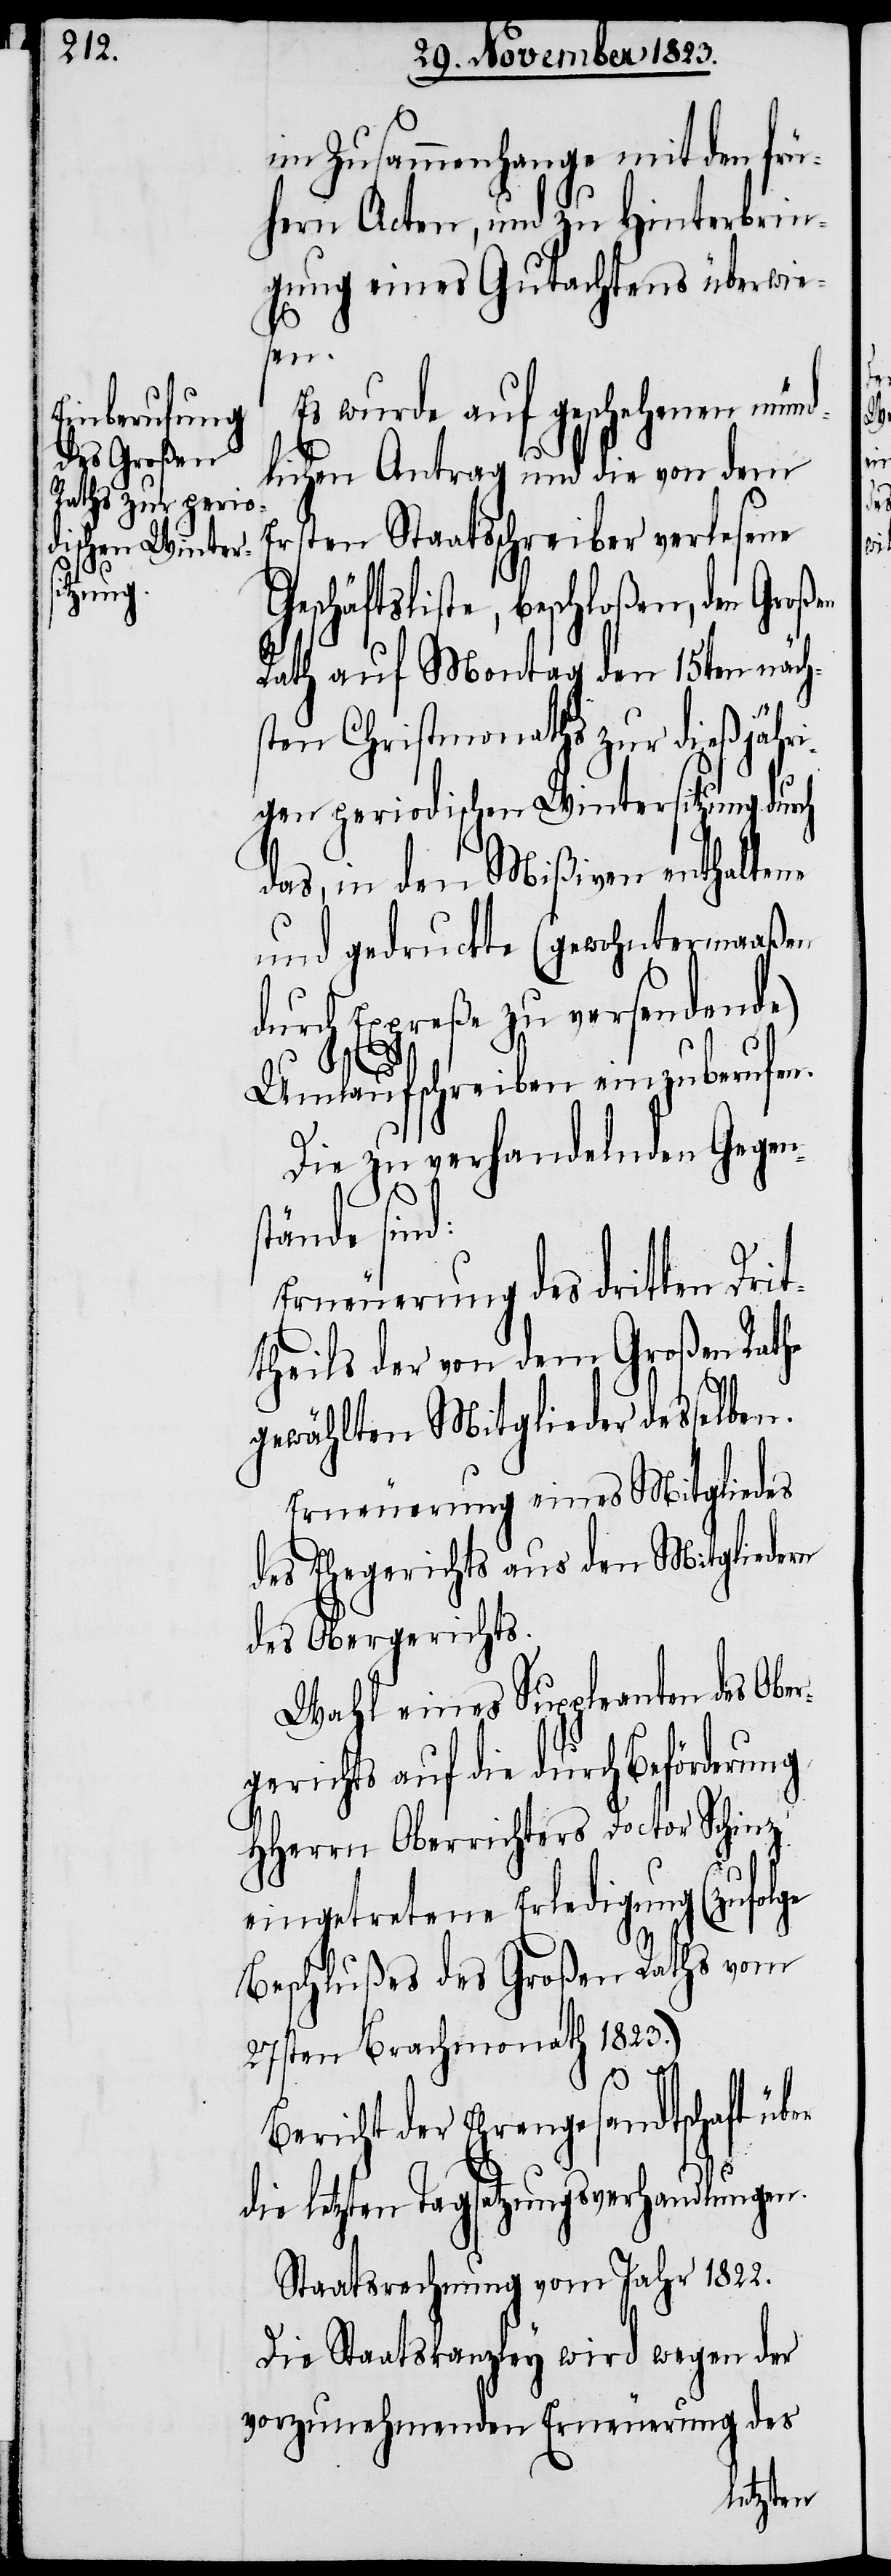
G¬

im Zusammenhange mit den frü¬
hern Acten, und zu Hinterbrin¬
gung eines Gutachtens überwie¬
sen.
Es wurde auf geschehenen mün¬
dlichen Antrag und die von dem
Ersten Staatsschreiber verlesene
eschäftsliste, beschloßen, den
Rath auf Montag den 15ten näch¬
sten Christmonaths zur dießjähri¬
gen periodischen Wintersitzung durch
das, in den Mißiven enthaltene
und gedruckte (gewohntermaaßen
durch Expreße zu versendende)
Umlaufschreiben einzuberufen.
Die zu verhandelnden Gegen¬
stände sind:
Erneuerung des dritten Drit¬
theils der von dem Großen Rathe
gewählten Mitglieder desselben.
Erneuerung eines Mitgliedes
des Ehegerichts aus den Mitgliedern
des Obergerichts.
Wahl eines Suppleanten des Ober¬
gerichts auf die durch Beförderung
HHerrn Oberrichters Doctor Schinz
eingetretene Erledigung (zufolge
Beschlußes des Großen Raths vom
27sten Brachmonath 1823.)
n.
Bericht der Ehrengesandtschaft über
letzten Tagsatzungsverhandlunge¬
Staatsrechnung vom Jahr 1822.
Die Staatskanzley wird wegen der
vorzunehmenden Erneuerung des